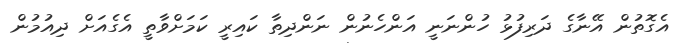
އެގޮތުން އޭނާގެ ދަރިފުޅު ހުންނަނީ އަންހެނުން ނަންދިތާ ކައިރީ ކަމަށްވާތީ އެގެއަށް ދިއުމުން